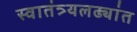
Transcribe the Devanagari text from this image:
स्वातंत्र्यलढ्यांत